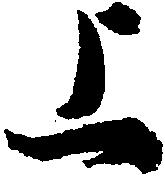
上